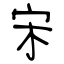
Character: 宋